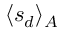
\langle s _ { d } \rangle _ { A }